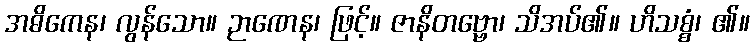
အဓိကေန၊ လွန်သော။ ဉာဏေန၊ ဖြင့်။ ဇာနိတဗ္ဗော၊ သိအပ်၏။ ဟိသစ္စံ၊ ၏။